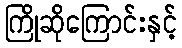
ကြိုဆိုကြောင်းနှင့်